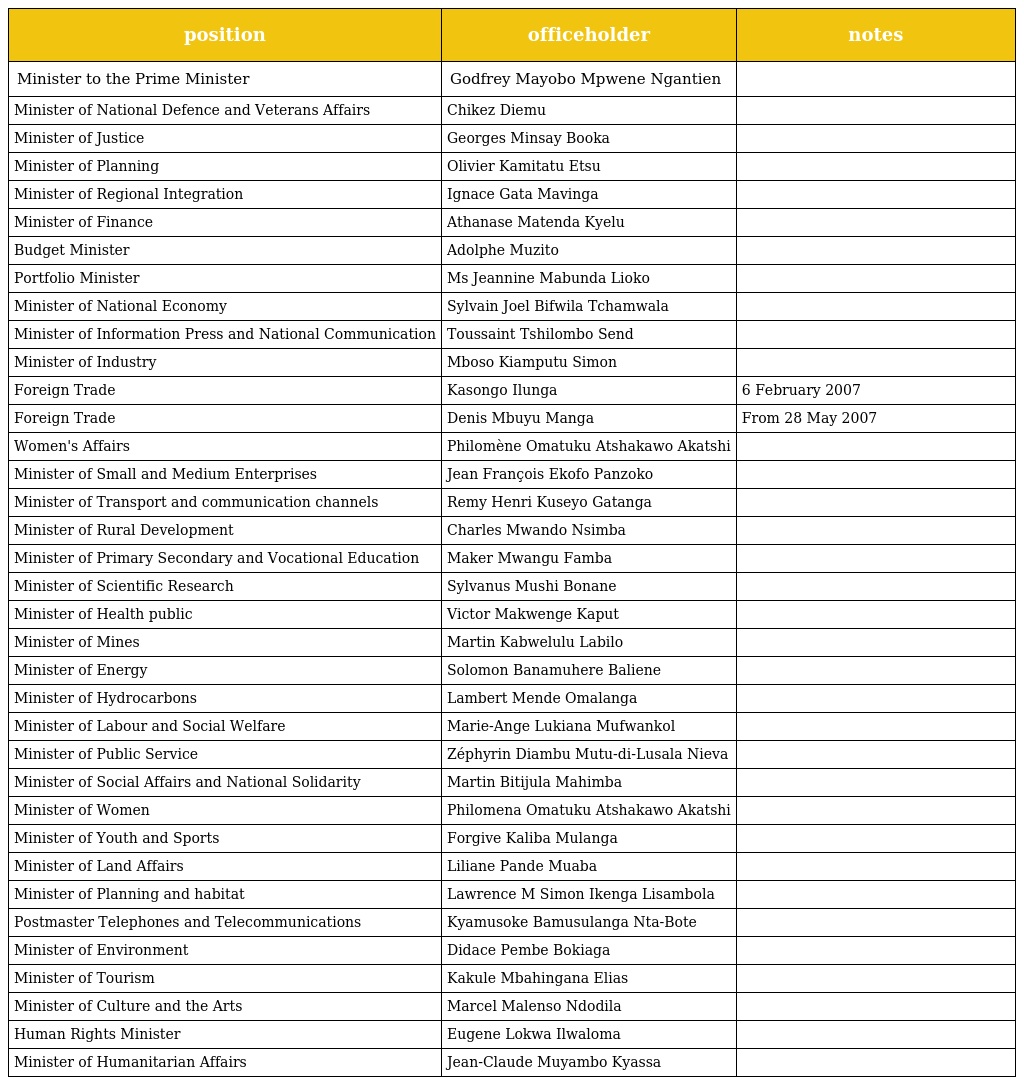
| position | officeholder | notes |
 | --- | --- | --- |
 | Minister to the Prime Minister | Godfrey Mayobo Mpwene Ngantien |  |
 | Minister of National Defence and Veterans Affairs | Chikez Diemu |  |
 | Minister of Justice | Georges Minsay Booka |  |
 | Minister of Planning | Olivier Kamitatu Etsu |  |
 | Minister of Regional Integration | Ignace Gata Mavinga |  |
 | Minister of Finance | Athanase Matenda Kyelu |  |
 | Budget Minister | Adolphe Muzito |  |
 | Portfolio Minister | Ms Jeannine Mabunda Lioko |  |
 | Minister of National Economy | Sylvain Joel Bifwila Tchamwala |  |
 | Minister of Information Press and National Communication | Toussaint Tshilombo Send |  |
 | Minister of Industry | Mboso Kiamputu Simon |  |
 | Foreign Trade | Kasongo Ilunga | 6 February 2007 |
 | Foreign Trade | Denis Mbuyu Manga | From 28 May 2007 |
 | Women's Affairs | Philomène Omatuku Atshakawo Akatshi |  |
 | Minister of Small and Medium Enterprises | Jean François Ekofo Panzoko |  |
 | Minister of Transport and communication channels | Remy Henri Kuseyo Gatanga |  |
 | Minister of Rural Development | Charles Mwando Nsimba |  |
 | Minister of Primary Secondary and Vocational Education | Maker Mwangu Famba |  |
 | Minister of Scientific Research | Sylvanus Mushi Bonane |  |
 | Minister of Health public | Victor Makwenge Kaput |  |
 | Minister of Mines | Martin Kabwelulu Labilo |  |
 | Minister of Energy | Solomon Banamuhere Baliene |  |
 | Minister of Hydrocarbons | Lambert Mende Omalanga |  |
 | Minister of Labour and Social Welfare | Marie-Ange Lukiana Mufwankol |  |
 | Minister of Public Service | Zéphyrin Diambu Mutu-di-Lusala Nieva |  |
 | Minister of Social Affairs and National Solidarity | Martin Bitijula Mahimba |  |
 | Minister of Women | Philomena Omatuku Atshakawo Akatshi |  |
 | Minister of Youth and Sports | Forgive Kaliba Mulanga |  |
 | Minister of Land Affairs | Liliane Pande Muaba |  |
 | Minister of Planning and habitat | Lawrence M Simon Ikenga Lisambola |  |
 | Postmaster Telephones and Telecommunications | Kyamusoke Bamusulanga Nta-Bote |  |
 | Minister of Environment | Didace Pembe Bokiaga |  |
 | Minister of Tourism | Kakule Mbahingana Elias |  |
 | Minister of Culture and the Arts | Marcel Malenso Ndodila |  |
 | Human Rights Minister | Eugene Lokwa Ilwaloma |  |
 | Minister of Humanitarian Affairs | Jean-Claude Muyambo Kyassa |  |